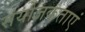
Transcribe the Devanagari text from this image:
संयोजकताएं